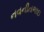
નવનીતભાઇ